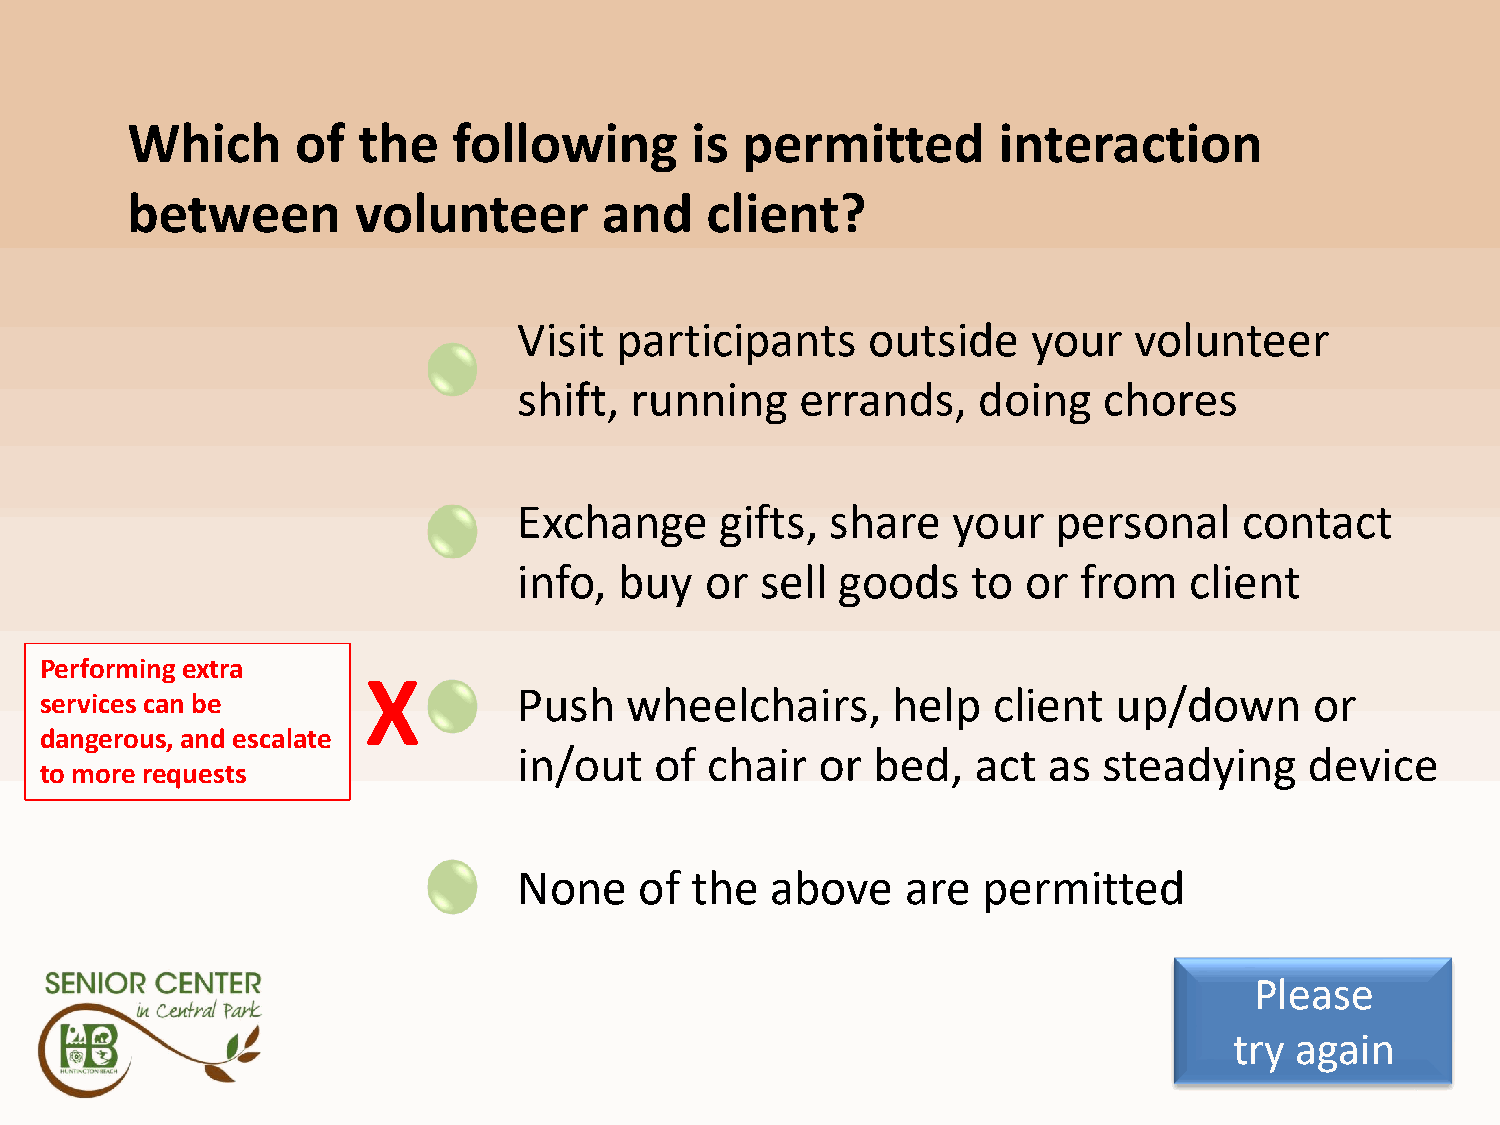
Q6A3
 Which       of  the   following       is permitted        interaction
 between        volunteer        and    client?
 Visit  participants    outside    your   volunteer
 shift,  running    errands,    doing   chores
 Exchange      gifts, share   your   personal    contact
 info,  buy   or sell  goods   to  or from    client
 Performing extra
 X
 Push   wheelchairs,      help   client  up/down      or
 services can be
 dangerous, and escalate
 in/out   of  chair  or  bed,   act as  steadying     device
 to more requests
 None    of  the  above    are  permitted
 Please
 try again